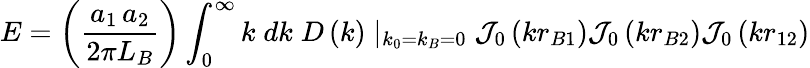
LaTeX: E=\left({\frac{a_{1}\, a_{2}}{2\pi L_{B}}}\right)\int_{0}^{\infty}{k\; dk\; }D\left(k\right)\mid_{k_{0}=k_{B}=0}{\mathcal{J}}_{0}\left(kr_{B1}\right){\mathcal{J}}_{0}\left(kr_{B2}\right){\mathcal{J}}_{0}\left(kr_{12}\right)